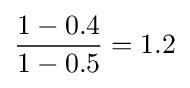
{\frac {1-0.4}{1-0.5}}=1.2